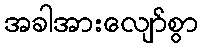
အခါအားလျော်စွာ